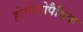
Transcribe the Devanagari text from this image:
होमोयोपैथिक